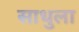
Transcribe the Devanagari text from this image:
साधुला